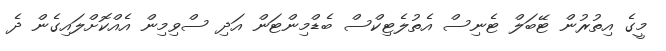
މީގެ އިތުރުން ޓޭބަލް ޓެނިސް އެތުލެޓިކްސް ބެޑްމިންޓަން އަދި ސްވިމިން އެއްކޮށްލައިގެން ދެ